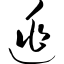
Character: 逃